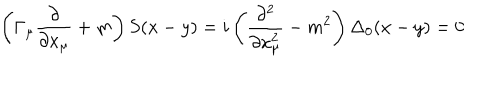
\left( \Gamma _ { \mu } \frac \partial { \partial x _ { \mu } } + m \right) S ( x - y ) = i \left( \frac { \partial ^ { 2 } } { \partial x _ { \mu } ^ { 2 } } - m ^ { 2 } \right) \Delta _ { 0 } ( x - y ) = 0